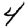
Digit: 4